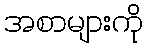
အစာများကို